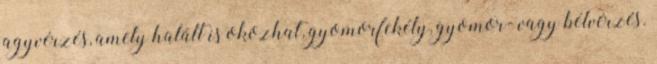
agyvérzés, amely halált is okozhat, gyomorfekély, gyomor- vagy bélvérzés.